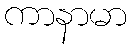
ကာနာမာ